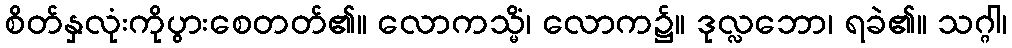
စိတ်နှလုံးကိုပွားစေတတ်၏။ လောကသ္မိံ၊ လောက၌။ ဒုလ္လဘော၊ ရခဲ၏။ သဂ္ဂါ၊